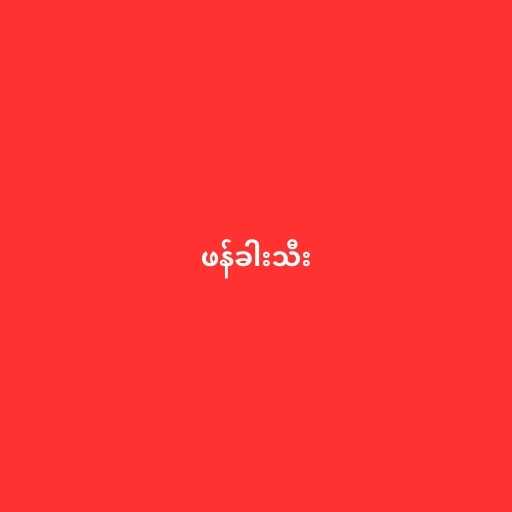
ဖန်ခါးသီး